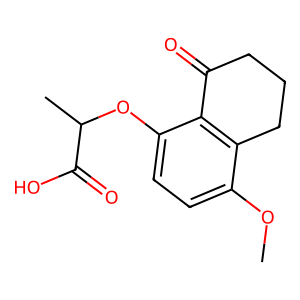
SMILES: COc1ccc(OC(C)C(=O)O)c2c1CCCC2=O
Inhibits HIV replication: No